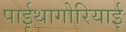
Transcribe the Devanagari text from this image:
पाईथागोरियाई